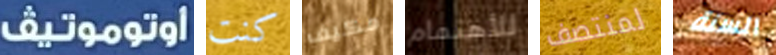
اوتوموتيف كنت مكيف للأهتمام لمنتصف السنة